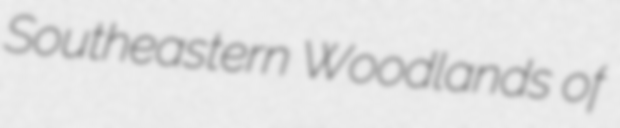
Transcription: Southeastern Woodlands of